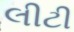
લીટી